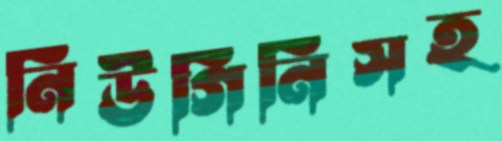
নিউগিনিসহ